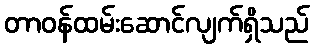
တာဝန်ထမ်းဆောင်လျက်ရှိသည်